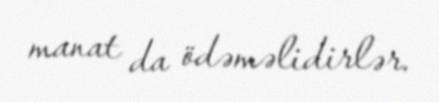
manat da ödəməlidirlər.